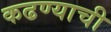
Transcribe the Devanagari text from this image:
कढण्याची